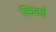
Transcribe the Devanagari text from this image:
किको